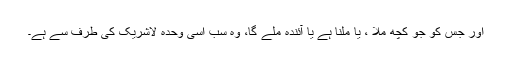
اور جس کو جو کچھ ملا ، یا ملنا ہے یا آئندہ ملے گا، وہ سب اسی وحدہ لاشریک کی طرف سے ہے۔